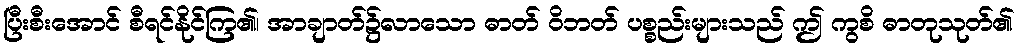
ပြီးစီးအောင် စီရင်နိုင်ကြ၏၊ အာချာတ်၌လာသော ဓာတ် ဝိဘတ် ပစ္စည်းများသည် ဤ ကွစိ ဓာတုသုတ်၏